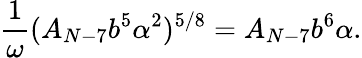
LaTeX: \frac{1}{\omega}(A_{N-7}b^{5}\alpha^{2})^{5/8}=A_{N-7}b^{6}\alpha.